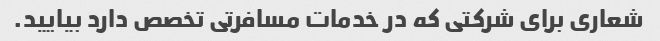
شعاری برای شرکتی که در خدمات مسافرتی تخصص دارد بیایید.